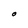
Character: O